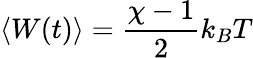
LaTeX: \langle W(t)\rangle=\frac{\chi-1}{2}k_{B}T